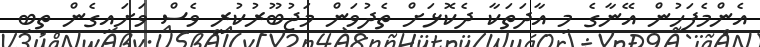
އެންމެފަހުން އޭނާގެ މި އާދަތަކާ ދެކޮޅަށް ތެދުވަން މަޖުބޫރުކުރީ ވެސް ވަށައިގެން ތިބި